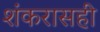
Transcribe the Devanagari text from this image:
शंकरासही